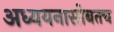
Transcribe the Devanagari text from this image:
अध्ययनासोबतच